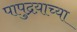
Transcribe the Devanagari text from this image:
पापुद्रय़ाच्या